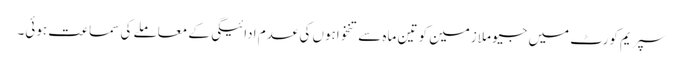
سپریم کورٹ میں جیو ملازمین کو تین ماہ سے تنخواہوں کی عدم ادائیگی کے معاملے کی سماعت ہوئی۔